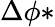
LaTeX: \Delta\phi*